Reports on dispensaries and lunatic asylums in the Province of Oudh - 1869-1876
Year: 1869
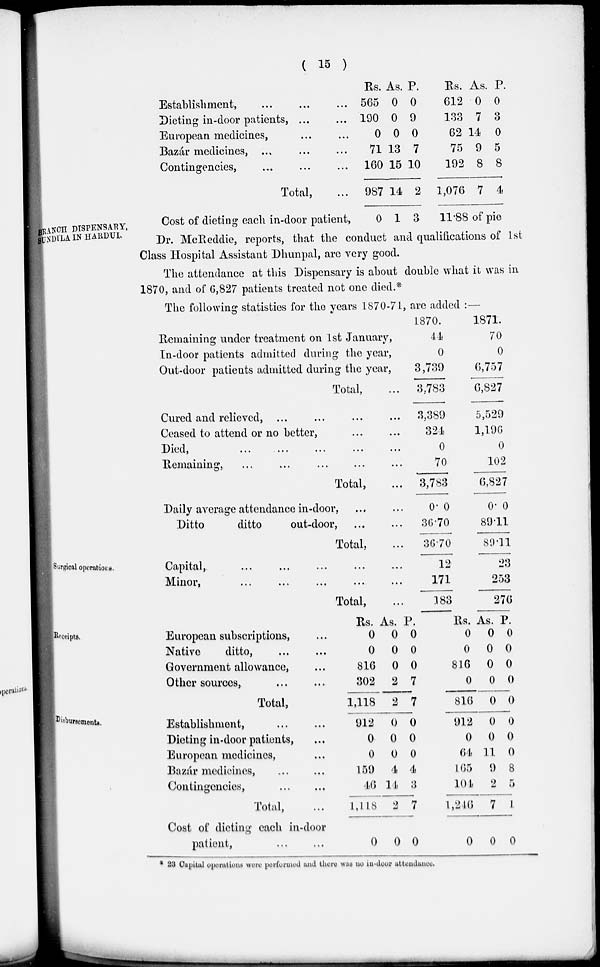
( 15 )
Establishment, ... ... ...
Dieting in-door patients, ... ...
European medicines, ... ...
Bazár medicines, ... ... ...
Contingencies, ... ... ...
Total, ...
Cost of dieting each in-door patient,
Rs.
565
190
0
71
160
987
0
As.
0
0
0
13
15
14
1
P.
0
9
0
7
10
2
3
Rs.
612
133
62
75
192
1,076
As.
0
7
14
9
8
7
P.
0
3
0
5
8
4
11.88 of pie
BRANCH DISPENSARY,
UNDÍLA IN HARDUI.
Dr. McReddie, reports, that the conduct and qualifications of 1st
Class Hospital Assistant Dhunpal, are very good.
The attendance at this Dispensary is about double what it was in
1870, and of 6,827 patients treated not one died.*
The following statistics for the years 1870-71, are added :—
Remaining under treatment on 1st January,
In-door patients admitted during the year,
Out-door patients admitted during the year,
Total, ...
Cured and relieved, ... ... ... ...
Ceased to attend or no better, ... ...
Died, ... ... ... ... ...
Remaining, ... ... ... ... ...
Total, ...
Daily average attendance in-door, ... ...
Ditto
ditto
out-door, ... ...
Total, ...
1870.
44
0
3,739
3,783
3,389
324
0
70
3,783
0.0
36.70
36.70
1871.
70
0
6,757
6,827
5,529
1,196
0
102
6,827
0.0
89.11
89.11
Surgical operations.
Capital, ... ... ... ... ...
Minor,
...
...
...
...
...
Total, ...
12
171
183
23
253
276
Receipts.
European subscriptions, ...
Native
ditto, ... ...
Government allowance, ...
Other sources,
...
...
Total, ...
Rs.
0
0
816
302
1,118
As.
0
0
0
2
2
P.
0
0
0
7
7
Rs.
0
0
816
0
816
As.
0
0
0
0
0
P.
0
0
0
0
0
Disbursements.
Establishment, ... ...
Dieting in-door patients, ...
European medicines, ...
Bazár medicines, ... ...
Contingencies,
...
...
Total, ...
Cost of dieting each in-door
patient, ... ...
912
0
0
159
46
1,448
0
0
0
0
4
14
2
0
0
0
0
4
3
7
0
912
0
64
165
l04
1,246
0
0
0
11
9
2
7
0
0
0
0
8
5
4
0
* 23 Capital operations were performed and there was no in-door attendance.